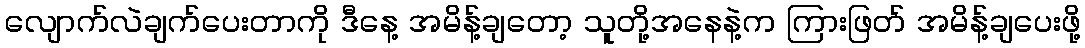
လျောက်လဲချက်ပေးတာကို ဒီနေ့ အမိန့်ချတော့ သူတို့အနေနဲ့က ကြားဖြတ် အမိန့်ချပေးဖို့